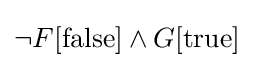
\lnot F[{\text{false}}]\land G[{\text{true}}]